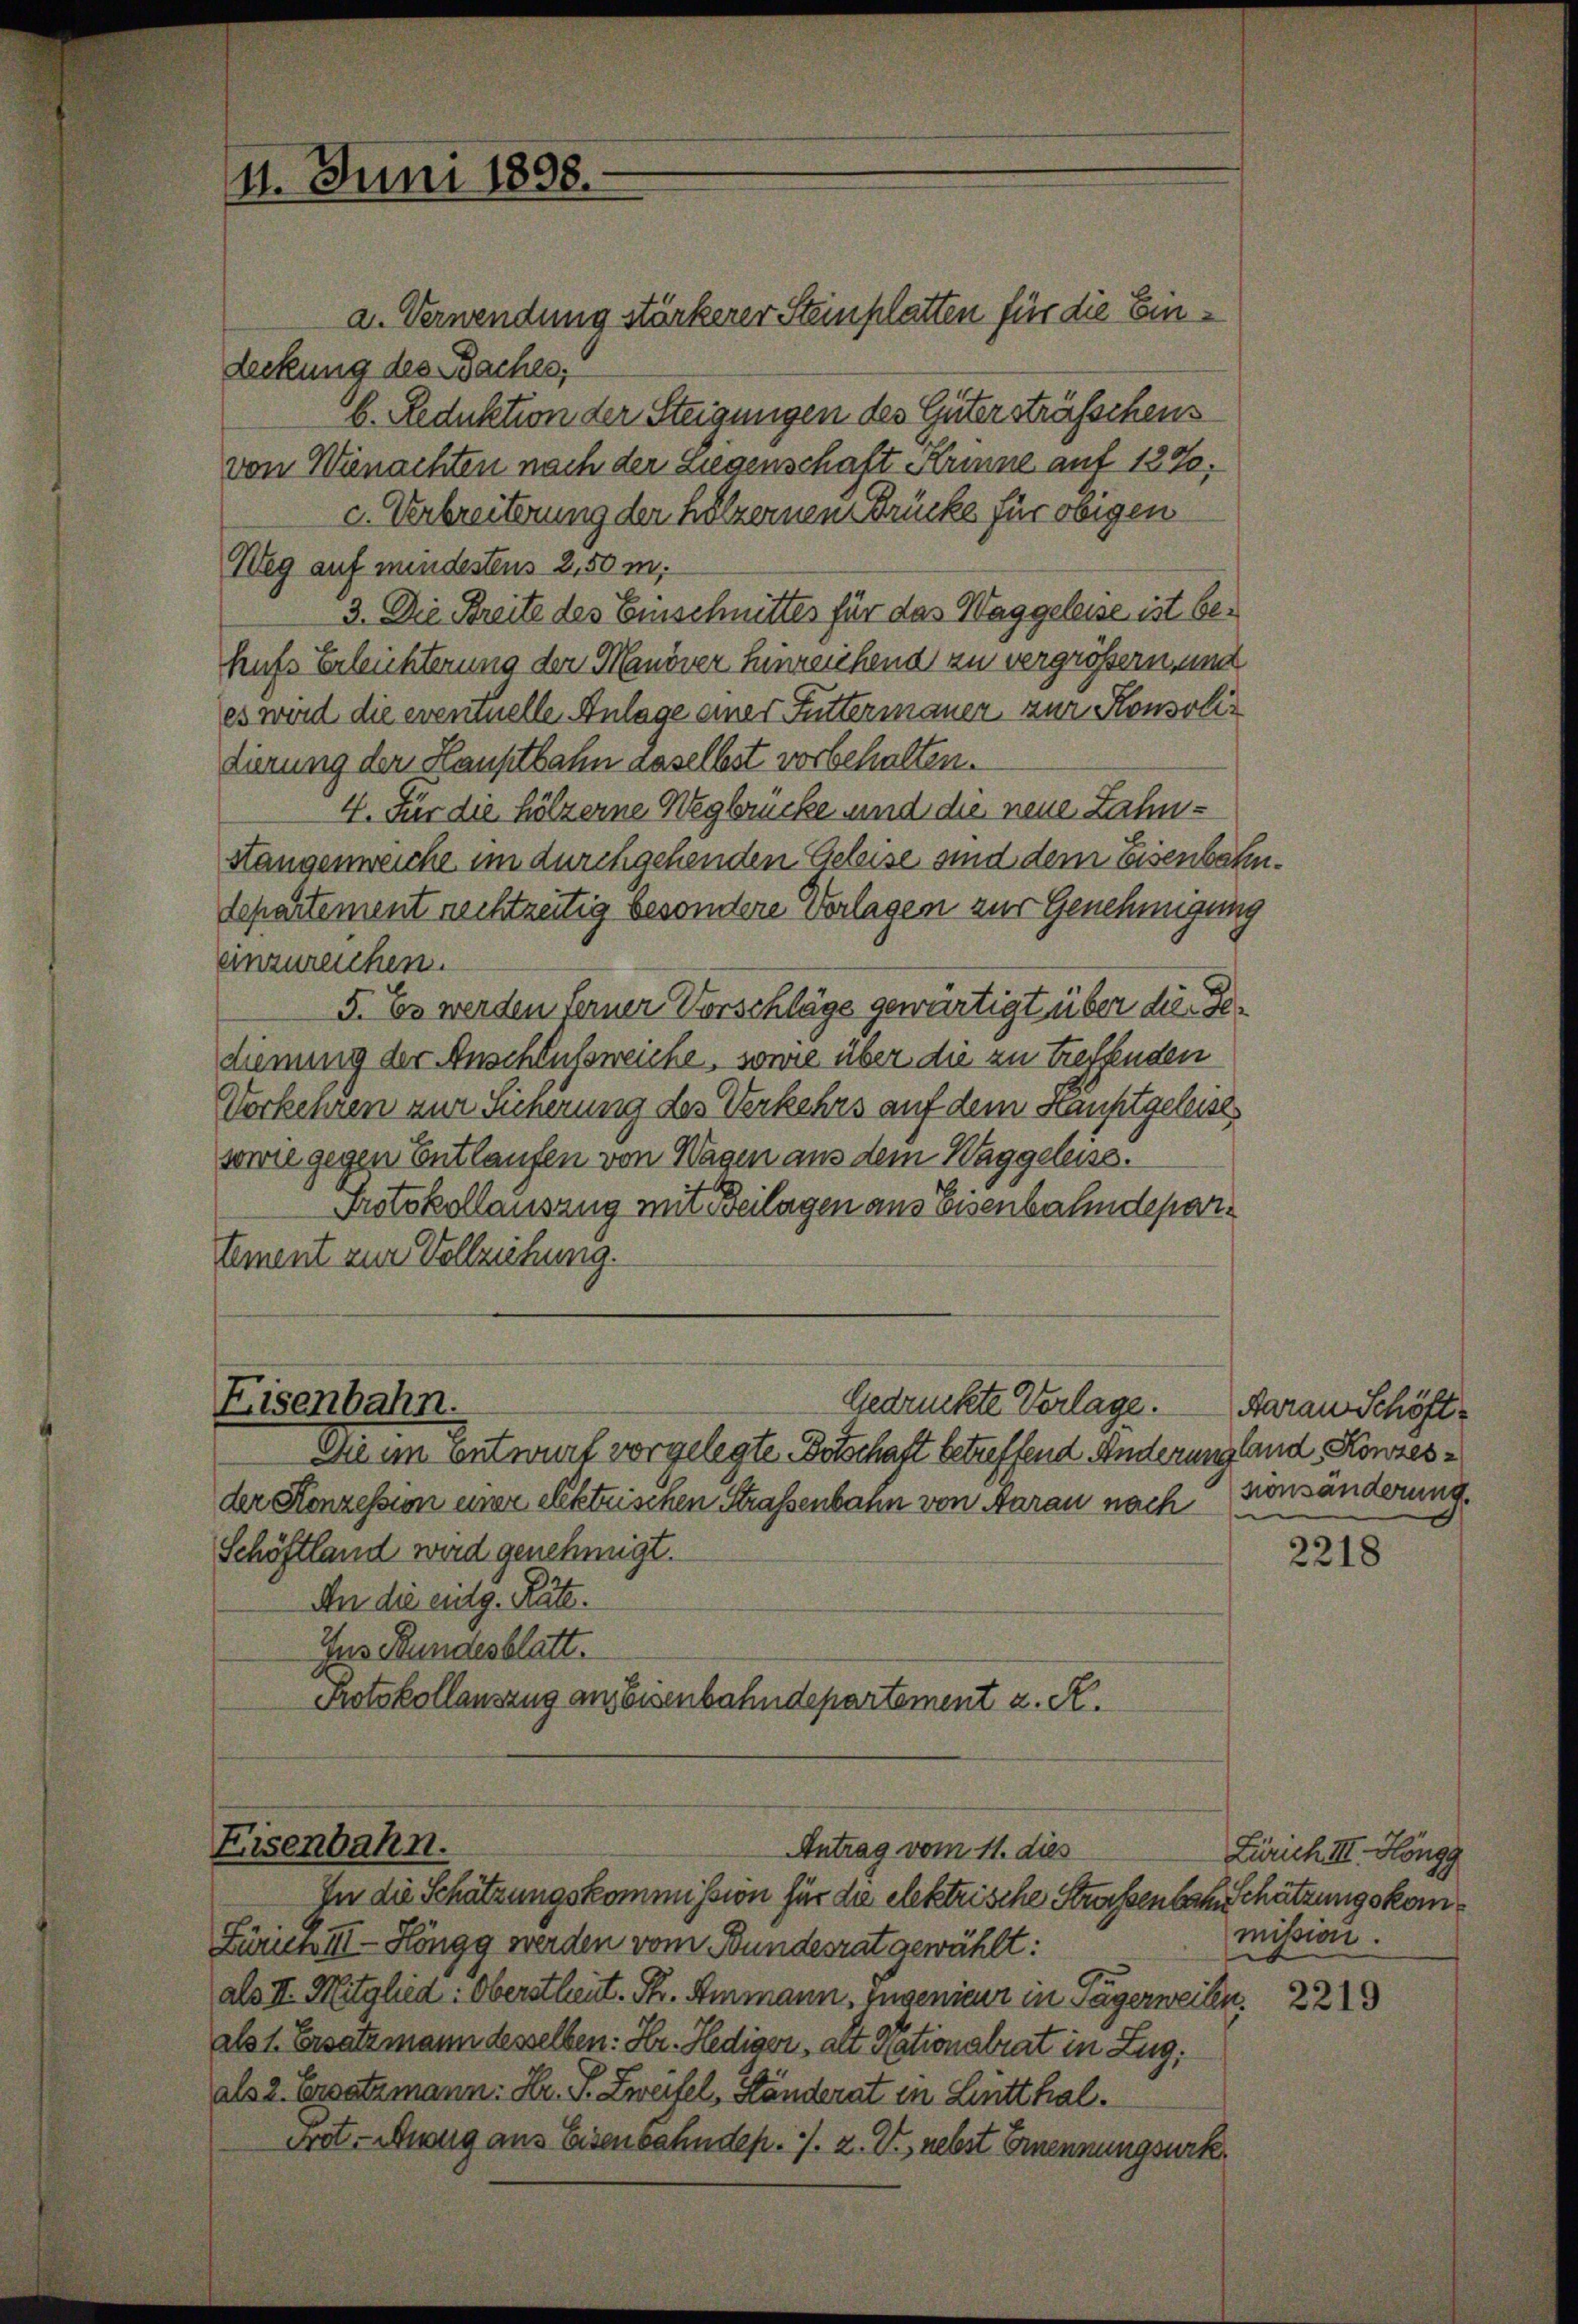
4. Juni 1898.

deckung des Baches,
b. Reduktion der Steigungen des Güter strässchens
von Wanachten nach der Liegenschaft Krinne auf 127,
c. Verbreiterung der hölzernen Brücke für obigen
Weg auf mindestens 2,50 m.
3. Die Breite des Einschnittes für das Waggeleise ist behufs Erleichterung der Manöver hinreichend zu vergrößern, und
es wird die eventuelle Anlage einer Futtermauer zur Konsolidierung der Hauptbahn daselbst vorbehalten.
4. Für die Hölzerne Wegbrücke und die neue Zahn¬
Stangenweiche im durchgehenden Geleise sind dem Eisenbaten¬
Separtement nechtzeitig besondere Verlagen zur Genehmigung
einzureichen.
5. Es werden ferner Vorschläge gewärtigt über die Gedienung der Anschlußweiche, sowie über die zu treffenden
Vorkehren zur Sicherung des Verkehrs auf dem Hauptgeleise
sowie gegen Entlaufen von Wagen aus dem Waggeleiss.
Protokollauszug mit Beilagen aus Eisenbahndepartement zur Vollziehung.

Eisenbahn.

a. Verwendung stärkerer Steinplatten für die Ein¬

Gedrückte Verlage.

Die im Entwurf vorgelegte Botschaft betreffend Anderungland, Konzesder Konzession einer elektrischen Straßenbahn von Aarau nach
Schöftland wird genehmigt.
An die eitg. Räte.
Ins Bundesblatt.
Protokollauszug ausbisenbahndepartement u. R.

Eisenbahn.
Antrag vom 11. dies
In die Schätzungskommission für die elektrische Straßenbar schätzungskom¬

Zürich III. Höngg werden vom Bundesrat gewählt:
als II. Mitglied: Oberstheit. Ph. Ammann, Eugenieur in Tägerweilen. 223
als 1. Ersatzmann desselben: Hr. Hediger, alt Nationalrat in Zug,
als 2. Ersatzmann: Hr. P. Zweifel, Händerat in Lintthal¬
Frot. Anzug aus Eisenbahndep. J. Z. V., nebst Ernennungsurk

Aarau Schöft
sionsänderung.

Zürich III. Höngg
mission.

2218